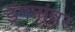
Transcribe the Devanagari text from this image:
ड्रॅगनांवर